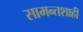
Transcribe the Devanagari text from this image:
सामन्‍तशाही